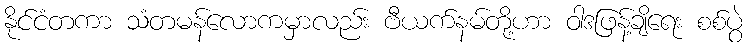
နိုင်ငံတကာ သံတမန်လောကမှာလည်း ဗီယက်နမ်တို့ဟာ ဝါဒဖြန့်ချိရေး စစ်ပွဲ